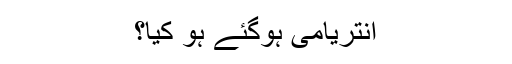
انتریامی ہوگئے ہو کیا؟